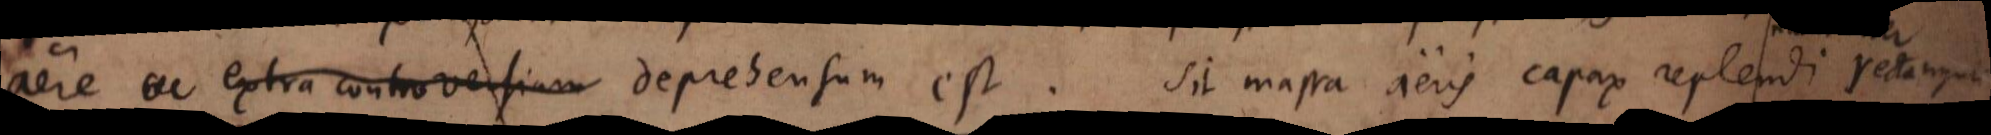
aere extra controversiam deprehensum est. Sit massa aeris capax replendi rectanguli